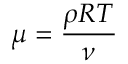
\mu = \frac { \rho R T } { \nu }